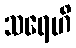
သရေဟိ